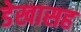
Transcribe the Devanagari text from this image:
डेखासह